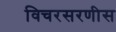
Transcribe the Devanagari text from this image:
विचरसरणीस